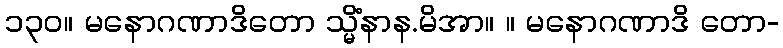
၁၃၀။ မနောဂဏာဒိတော သ္မိံနာန.မိအာ။ ။ မနောဂဏာဒိ တော-